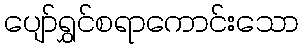
ပျော်ရွှင်စရာကောင်းသော